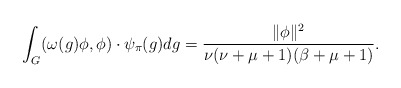
\begin{align*}\int_G(\omega(g)\phi,\phi) \cdot \psi_{\pi}(g)dg=\frac{\|\phi\|^2}{\nu(\nu+\mu+1)(\beta+\mu+1)}.\end{align*}